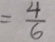
= \frac { 4 } { 6 }